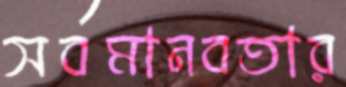
সর্বমানবতার